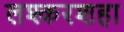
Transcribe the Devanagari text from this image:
लश्करशहा